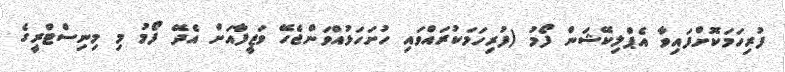
ފުރިހަމަކޮށްފައިވާ އެޕްލިކޭޝަން ފޯމު (ފުރިހަމަކުރައްވައި ހުށަހަޅުއްވަންޖެހޭ ވަޒީފާއަށް އެދޭ ފޯމު މި މިނިސްޓްރީގެ